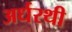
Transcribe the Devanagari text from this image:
अर्धरथी